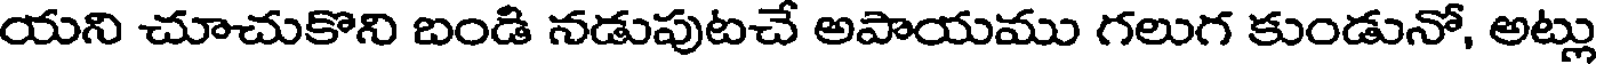
యని చూచుకొని బండి నడుపుటచే అపాయము గలుగ కుండునో, అట్లు